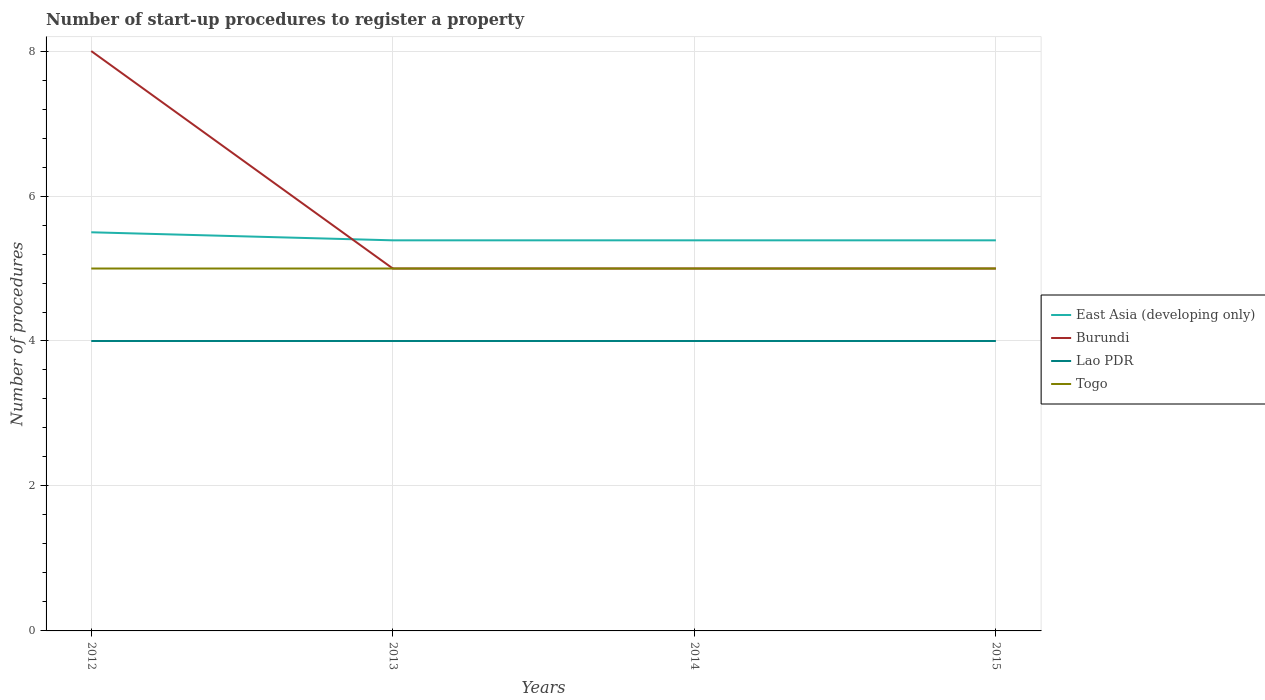
| Years | East Asia (developing only) | Burundi | Lao PDR | Togo |
 | --- | --- | --- | --- | --- |
 | 2012 | 5.5 | 8 | 4 | 5 |
 | 2013 | 5.39 | 5 | 4 | 5 |
 | 2014 | 5.39 | 5 | 4 | 5 |
 | 2015 | 5.39 | 5 | 4 | 5 |